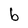
Character: b